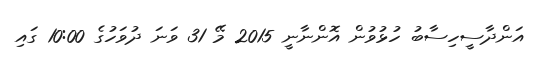
އަންދާސީހިސާބު ހުޅުވުން އޮންނާނީ 2015 މޭ 31 ވަނަ ދުވަހުގެ 10:00 ގައި